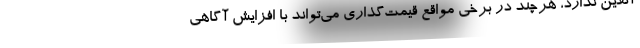
آنلاین ندارد، هرچند در برخی مواقع قیمت‌گذاری می‌تواند با افزایش آگاهی